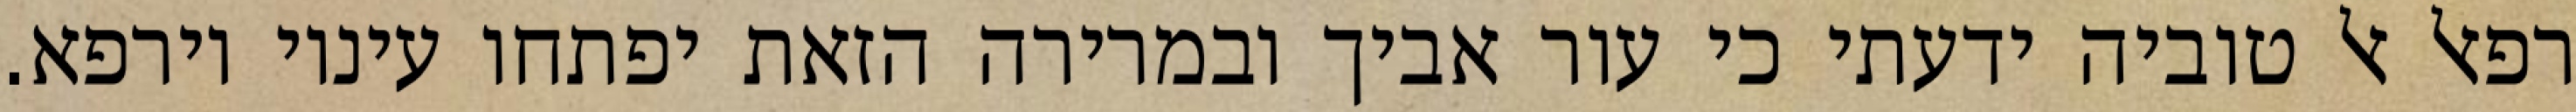
רפאל אל טוביה ידעתי כי עור אביך ובמרירה הזאת יפתחו עיניו וירפא.